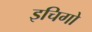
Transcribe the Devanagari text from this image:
इचिगो